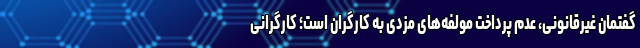
گفتمانِ غیرقانونی، عدم پرداخت مولفه‌های مزدی به کارگران است؛ کارگرانی